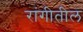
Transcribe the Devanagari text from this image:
रांगीतील